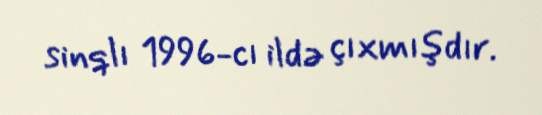
sinqlı 1996-cı ildə çıxmışdır.